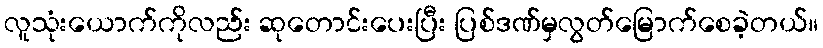
လူသုံးယောက်ကိုလည်း ဆုတောင်းပေးပြီး ပြစ်ဒဏ်မှလွတ်မြောက်စေခဲ့တယ်။